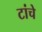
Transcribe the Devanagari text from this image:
टांचे